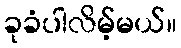
ခုခံပါလိမ့်မယ်။